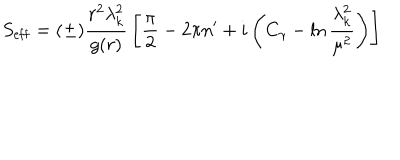
LaTeX: S _ { \mathrm { e f f } } = ( \pm ) { \frac { r ^ { 2 } \lambda _ { k } ^ { 2 } } { g ( r ) } } \left[ { \frac { \pi } { 2 } } - 2 \pi n ^ { \prime } + i \left( C _ { \gamma } - \ln { \frac { \lambda _ { k } ^ { 2 } } { \mu ^ { 2 } } } \right) \right]